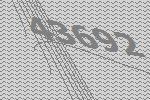
43692